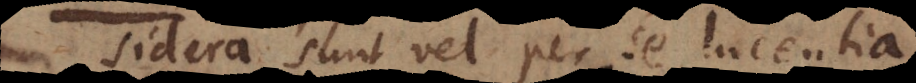
Sidera sunt vel per se lucentia,